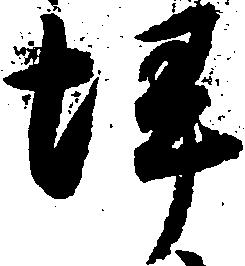
坪